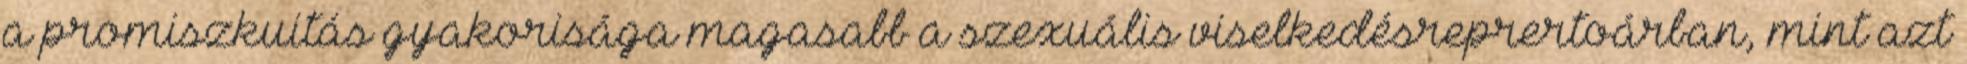
a promiszkuitás gyakorisága magasabb a szexuális viselkedésreprertoárban, mint azt